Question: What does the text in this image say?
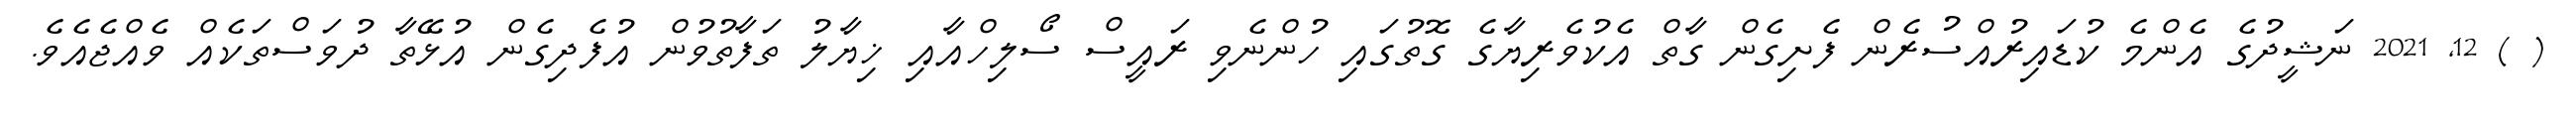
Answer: ( ) 12, 2021 ނަޝީދުގެ އެންމެ ކުޑައިރުއްސުރެން ފެށިގެން ގާތް އެކުވެރިޔާގެ ގޮތުގައި ހުންނެވި ރައީސް ސޯލިހްއާއި ޚިޔާލު ތަފާތުވުން އުފެދިގެން އުޅޭތާ ދުވަސްތަކެއް ވެއްޖެއެވެ.